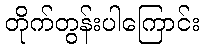
တိုက်တွန်းပါကြောင်း